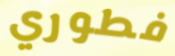
فطوري